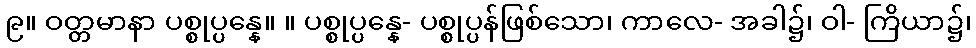
၉။ ဝတ္တမာနာ ပစ္စုပ္ပန္နေ။ ။ ပစ္စုပ္ပန္နေ- ပစ္စုပ္ပန်ဖြစ်သော၊ ကာလေ- အခါ၌၊ ဝါ- ကြိယာ၌၊